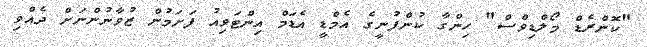
"ކޮންރެޑް މޯލްޑިވްސް" ހިންގާ ކުންފުނީގެ އެމްޑީ އެޑަމް އިންޓަވިއު ފަށަމުން ޒުވާނުންނަށް ދެއްވި